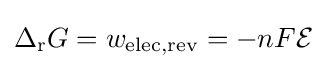
\Delta _{\text{r}}G=w_{\text{elec,rev}}=-nF{\mathcal {E}}